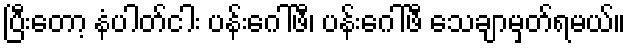
ပြီးတော့ နံပါတ်ငါး ပန်းဂေါ်ဖီ၊ ပန်းဂေါ်ဖီ သေချာမှတ်ရမယ်။